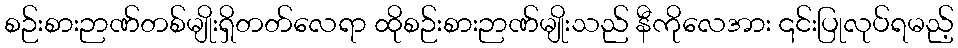
စဉ်းစားဉာဏ်တစ်မျိုးရှိတတ်လေရာ ထိုစဉ်းစားဉာဏ်မျိုးသည် နီကိုလေအား ၎င်းပြုလုပ်ရမည့်